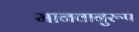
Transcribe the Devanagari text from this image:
मानवानुरूप